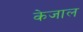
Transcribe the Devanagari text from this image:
केजाल